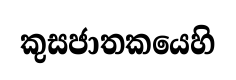
කුසජාතකයෙහි